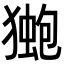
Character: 𭸤